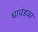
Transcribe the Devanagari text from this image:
चावंडवर